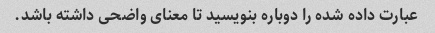
عبارت داده شده را دوباره بنویسید تا معنای واضحی داشته باشد.